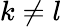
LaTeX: k\ne l